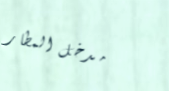
مدخل المطار